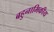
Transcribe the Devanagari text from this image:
बहुनाभिकीय